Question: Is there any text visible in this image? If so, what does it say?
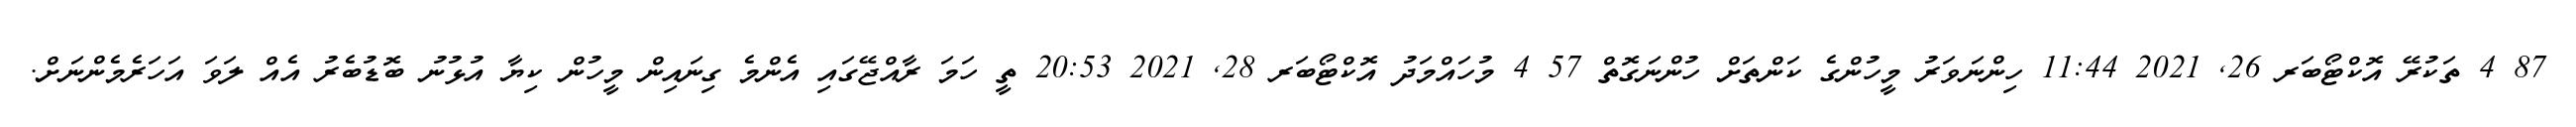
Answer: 87 4 ތަކުރޭ އޮކްޓޯބަރ 26, 2021 11:44 ހިންނަވަރު މީހުންގެ ކަންތަށް ހުންނަގޮތް 57 4 މުހައްމަދު އޮކްޓޯބަރ 28, 2021 20:53 ތީ ހަމަ ރާއްޖޭގައި އެންމެ ގިނައިން މީހުން ކިޔާ އުޅުނު ބޮޑުބެރު އެއް ލަވަ އަހަރެމެންނަށް.